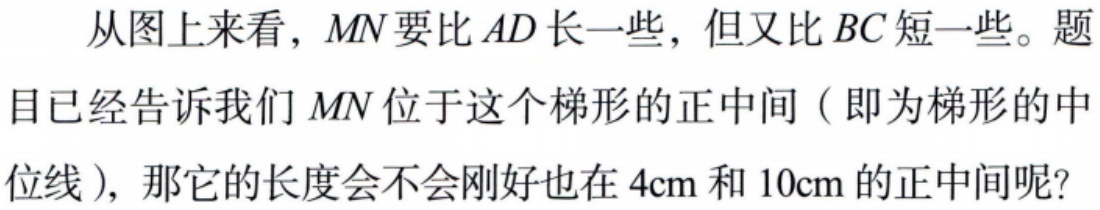
从图上来看，$MN$要比$AD$长一些，但又比$BC$短一些。题目已经告诉我们$MN$位于这个梯形的正中间（即为梯形的中位线），那它的长度会不会刚好也在$4\text{cm}$和$10\text{cm}$的正中间呢？